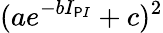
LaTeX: (ae^{-bI_{\mathsf{P}I}}+c)^{2}